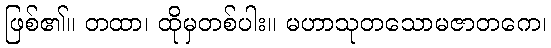
ဖြစ်၏။ တထာ၊ ထိုမှတစ်ပါး။ မဟာသုတသောမဇာတကေ၊